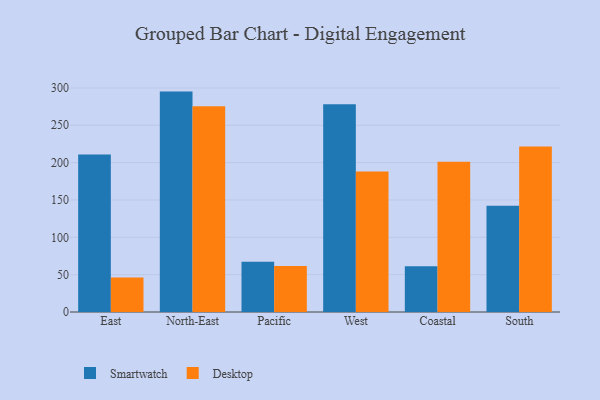
{"axis": {"x": "Region", "y": "LTV (USD)"}, "legend": ["Desktop", "Smartwatch"], "data": [{"x": "East", "y": 210.9, "type": "Smartwatch"}, {"x": "East", "y": 46.1, "type": "Desktop"}, {"x": "North-East", "y": 295.1, "type": "Smartwatch"}, {"x": "North-East", "y": 275.4, "type": "Desktop"}, {"x": "Pacific", "y": 67.2, "type": "Smartwatch"}, {"x": "Pacific", "y": 61.5, "type": "Desktop"}, {"x": "West", "y": 278.3, "type": "Smartwatch"}, {"x": "West", "y": 188.0, "type": "Desktop"}, {"x": "Coastal", "y": 61.2, "type": "Smartwatch"}, {"x": "Coastal", "y": 201.2, "type": "Desktop"}, {"x": "South", "y": 142.1, "type": "Smartwatch"}, {"x": "South", "y": 221.6, "type": "Desktop"}]}